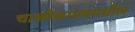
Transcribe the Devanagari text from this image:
चाळीसगावमधील